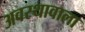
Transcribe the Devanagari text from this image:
अवस्थावाला